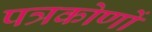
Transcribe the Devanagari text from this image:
पत्रकोणों